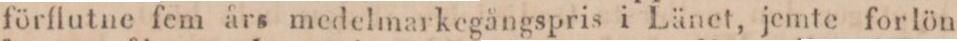
förflutne fem års medelmarkegångspris i Länet, jemte forlön